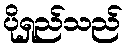
ပိုရှည်သည်